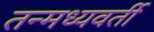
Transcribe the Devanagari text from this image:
तन्मध्यवर्ती